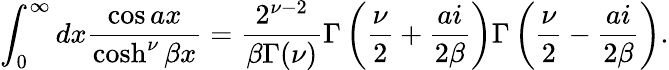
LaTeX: \int_{0}^{\infty}dx\frac{\cos ax}{\cosh^{\nu}\beta x}=\frac{2^{\nu-2}}{\beta\Gamma(\nu)}\Gamma\left(\frac{\nu}{2}+\frac{ai}{2\beta}\right)\Gamma\left(\frac{\nu}{2}-\frac{ai}{2\beta}\right).